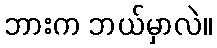
ဘားက ဘယ်မှာလဲ။